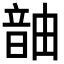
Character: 𬰹